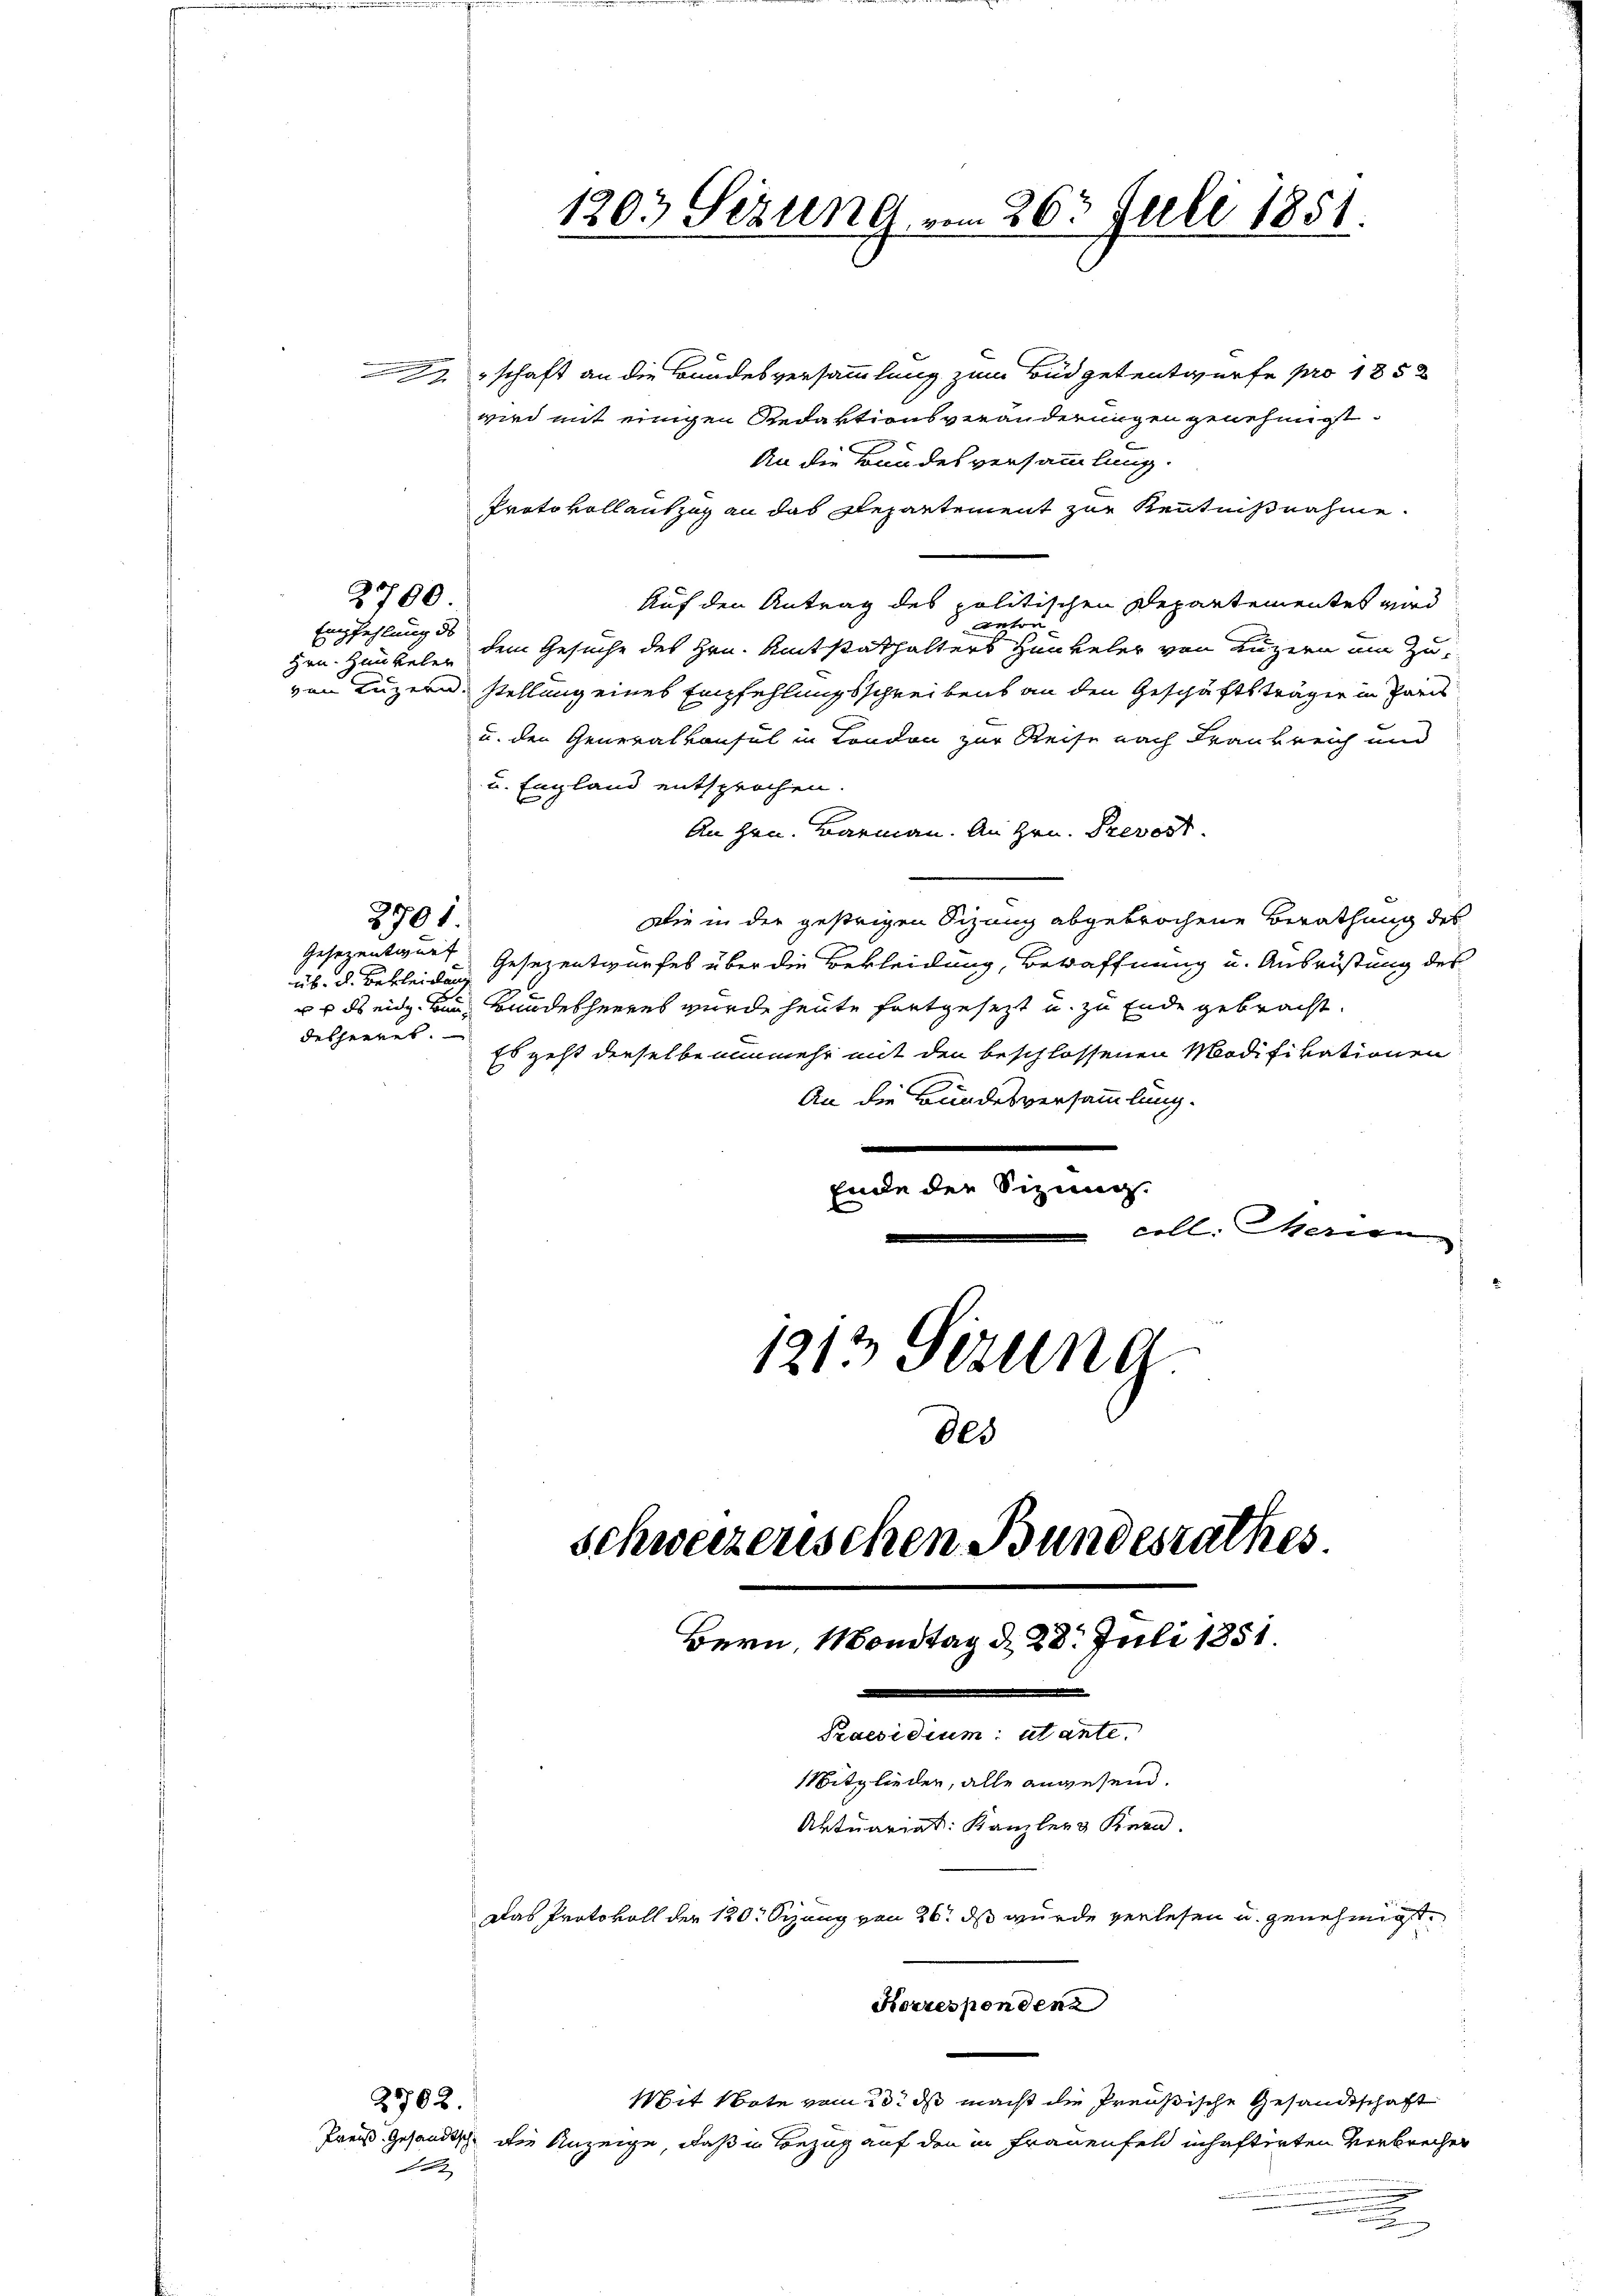
u
e

2 schaft an die Bundesversammlung zum Büdgetentwurfe pro 1852
wird mit einigen Redaktionsveränderungen genehmigt.
Protokollantzug an das Departement zur Kenntnißnahme.
Auf den Antrag des politischen Departementes wird
nton
Hrn. Hunkel dem Gesuche des Hrn. Amtstathalters Hunkeler von Luzern um Zuvon Luzern. Stellung eines Empfehlungsschreibens an den Geschäftsträger in Paris
u. den Generalkonsul in London zur Reise nach Frankreich und
u. England entsprochen.
An Hrn. Barmann. An Hrn. Prevost.
Die in der gestrigen Sizung abgebrochene Berathung des
2701.
Gesezenter Gesezentwurfes über die Bekleidung, Bewaffnung u. Ausrüstung des
üb. d. Bekleidung
s ds eidg. Bei Bundesheeres wurde heute fortgesezt u. zu Ende gebracht.
desheeret.
Es geht derselbe nunmehr mit den beschlossenen Modifikationen
An die Bundesversammlung.
Ende der Sizung.
coll. Marien

2700

Empfehlung de

1203 Sizung vom 26. Juli 1851.

1213 Gezung.
schweizerischen Bundesrathes
Bern, Mondtag d. 28. Juli 1851.
e
Praesidium utante.
Mitglieder, alle anwesend.
Aktuariat: Kanzler Kern.
Das Protokoll der 120. Sizung von 26. ds wurde verlesen u. genehmigt.
Korrespondenz
Mit Note vom 13. ds macht die Preußische Gesandtschaft
2502.
Preis. Gesandtsche die Anzeige, daß in Bezug auf den in Frauenfeld inhaftirten Verbrechen
1

des

An die Bundesversammlung.

i